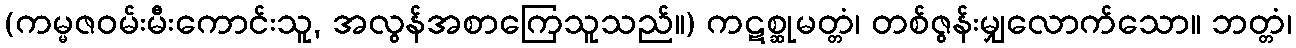
(ကမ္မဇဝမ်းမီးကောင်းသူ, အလွန်အစာကြေသူသည်။) ကဋစ္ဆုမတ္တံ၊ တစ်ဇွန်းမျှလောက်သော။ ဘတ္တံ၊